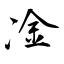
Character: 凎